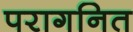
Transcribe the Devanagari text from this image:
परागनित